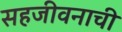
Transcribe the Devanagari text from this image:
सहजीवनाची